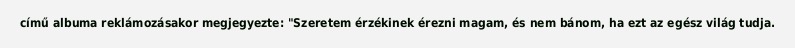
című albuma reklámozásakor megjegyezte: "Szeretem érzékinek érezni magam, és nem bánom, ha ezt az egész világ tudja.